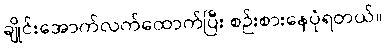
ချိုင်းအောက်လက်ထောက်ပြီး စဉ်းစားနေပုံရတယ်။